Report of an investigation of the epidemic of malarial fever in Assam, or, kala-azar
Disease focus: Malaria
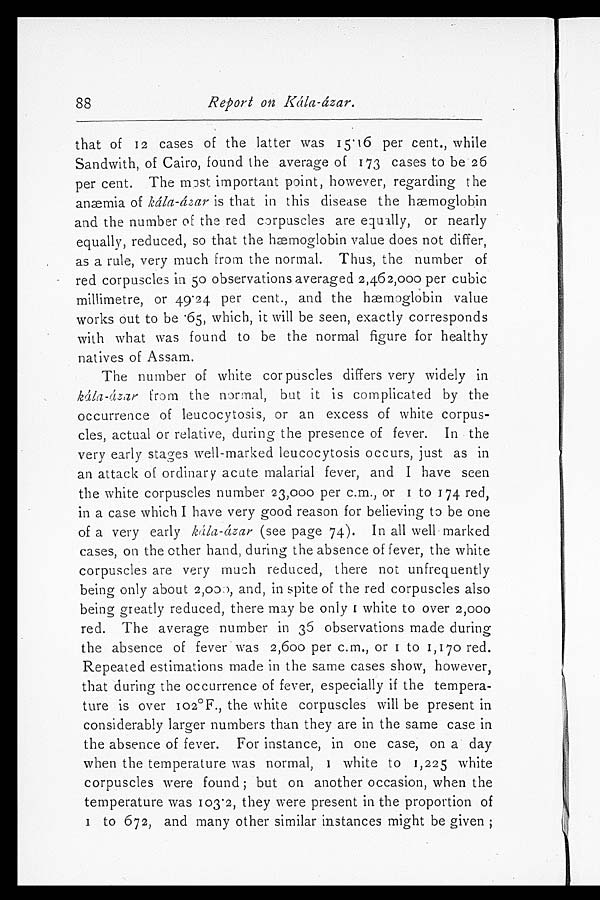
88
Report on Kála-ázar.
that of 12 cases of the latter was 15.16 per cent., while
Sandwith, of Cairo, found the average of 173 cases to be 26
per cent. The most important point, however, regarding the
anæmia of Kála-ázar is that in this disease the hæmoglobin
and the number of the red corpuscles are equally, or nearly
equally, reduced, so that the hæmoglobin value does not differ,
as a rule, very much from the normal. Thus, the number of
red corpuscles in 50 observations averaged 2,462,000 per cubic
millimetre, or 49.24 per cent., and the hæmoglobin value
wor ks out t o be . 65, whi ch, i t wi l l be s een, exact l y cor r es ponds
with what was found to be the normal figure for healthy
natives of Assam.
The number of white cor puscles differs very widely in
Kala azar from the normal, but it is complicated by the
occurrence of leucocytosis, or an excess of white corpus-
cles, actual or relative, during the presence of fever. In the
very early stages well-marked leucocytosis occurs, just as in
an attack of ordinary acute malarial fever, and I have seen
the white corpuscles number 23,000 per c.m., or 1 to 174 red,
in a case which I have very good reason for believing to be one
of a very early kála-ázar (see page 74). In all well marked
cases, on the other hand, during the absence of fever, the white
corpuscles are very much reduced, there not unfrequently
being only about 2,000, and, in spite of the red corpuscles also
being greatly reduced, there may be only 1 white to over 2,000
red. The average number in 36 observations made during
the absence of fever was 2,600 per c. m., or 1 to 1,I70 red.
Repeated estimations made in the same cases show, however,
that during the occurrence of fever, especially if the tempera-
ture is over 102°F., the white corpuscles will be present in
considerably larger numbers than they are in the same case in
the absence of fever. For instance, in one case, on a day
when the temperature was normal, 1 white to 1,225 white
corpuscles were found; but on another occasion, when the
temperature was 103.2, they were present in the proportion of
to 672, and many other similar instances might be given;